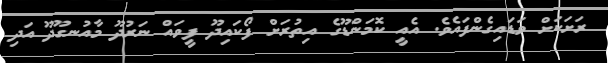
ރަށަކަށް ވަޑައިގެންފައެވެ. އެއީ ކޮމަންޑޫގެ އިތުރަށް ފޯކައިދޫ ފީވައް ނަރުދޫ މާއުނގޫދޫ އަދި